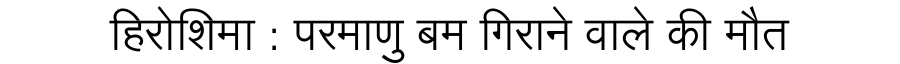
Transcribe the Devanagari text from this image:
हिरोशिमा : परमाणु बम गिराने वाले की मौत